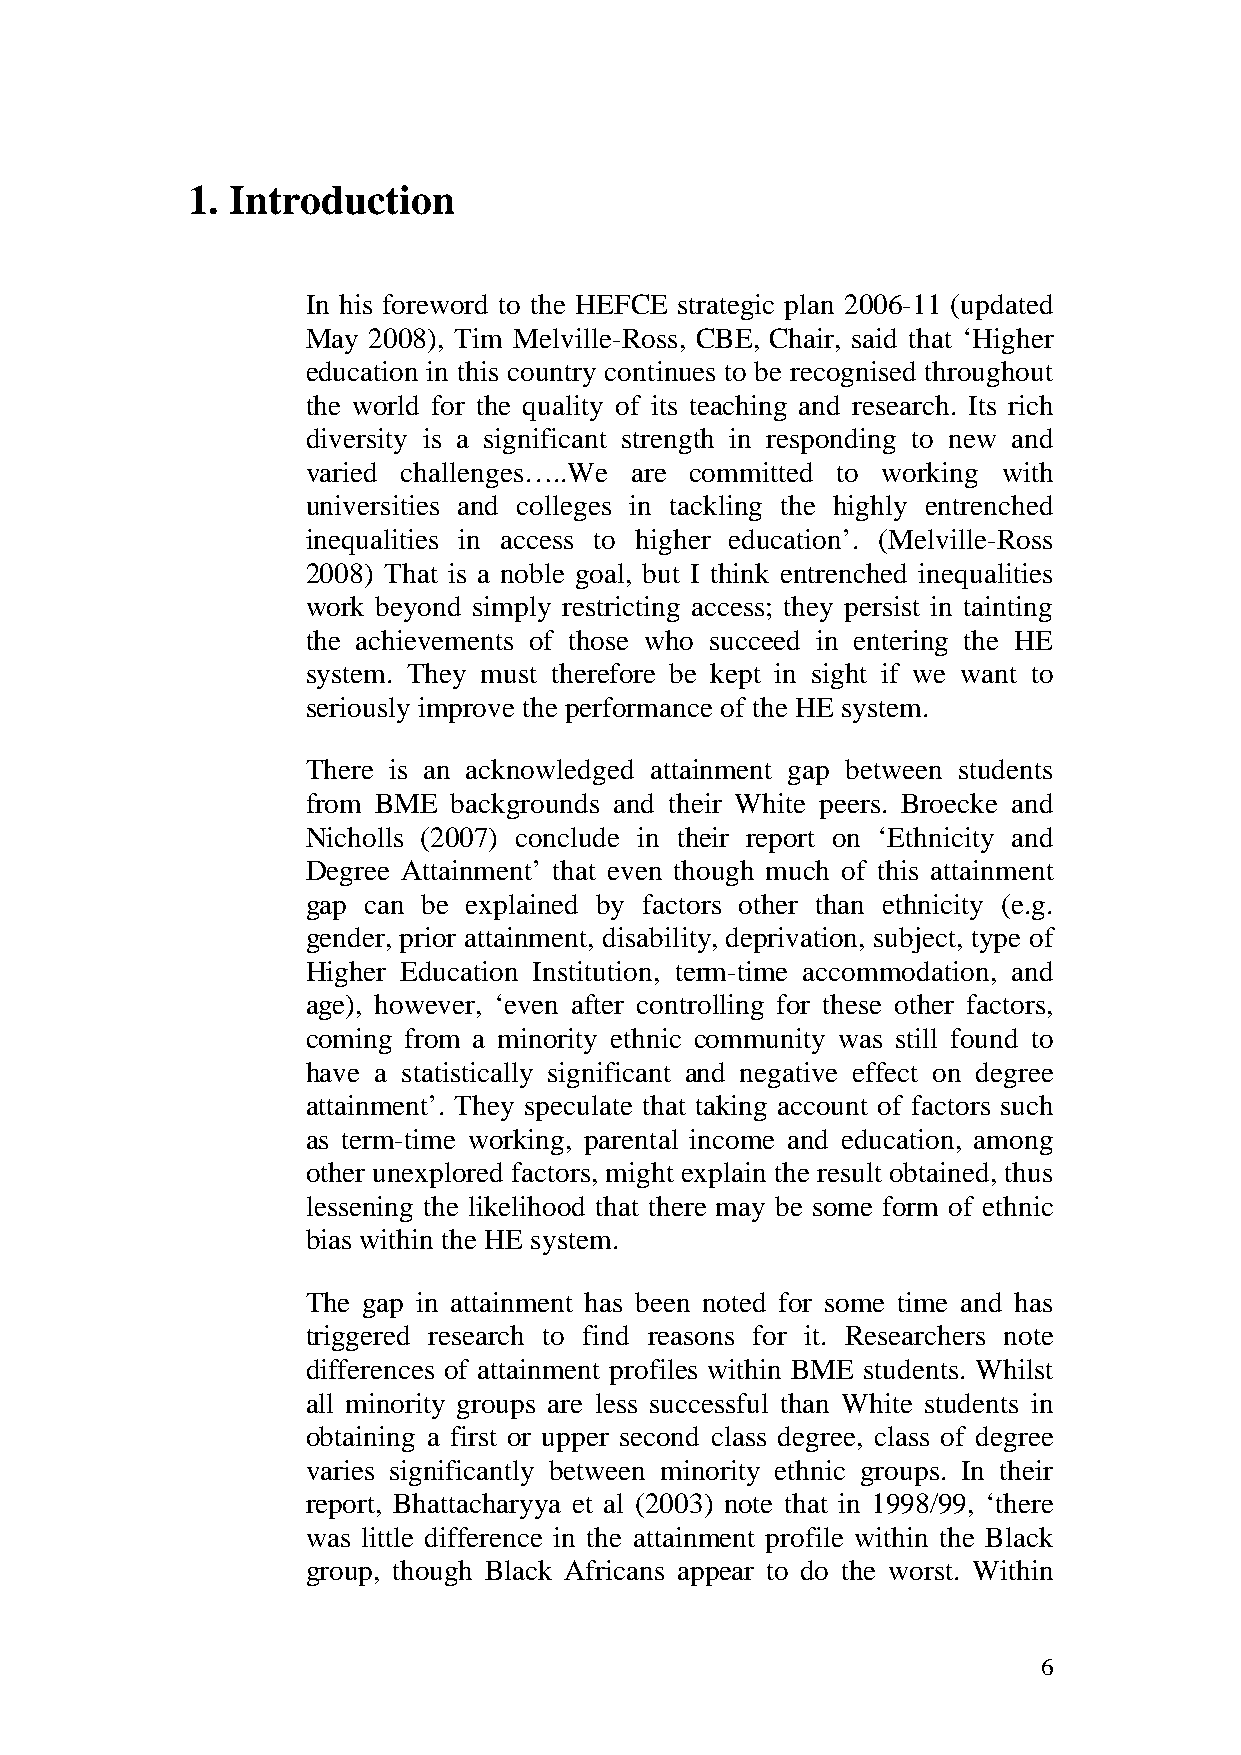
1. Introduction
 In his foreword to the HEFCE strategic plan 2006-11 (updated
 May 2008), Tim Melville-Ross, CBE, Chair, said that ‘Higher
 education in this country continues to be recognised throughout
 the world for the quality of its teaching and research. Its rich
 diversity is a significant strength in responding to new and
 varied challenges…..We are committed to working with
 universities and colleges in tackling the highly entrenched
 inequalities in access to higher education’. (Melville-Ross
 2008) That is a noble goal, but I think entrenched inequalities
 work beyond simply restricting access; they persist in tainting
 the achievements of those who succeed in entering the HE
 system. They must therefore be kept in sight if we want to
 seriously improve the performance of the HE system.
 There is an acknowledged attainment gap between students
 from BME  backgrounds and their White peers. Broecke and
 Nicholls (2007) conclude in their report on ‘Ethnicity and
 Degree Attainment’ that even though much of this attainment
 gap can be explained by factors other than ethnicity (e.g.
 gender, prior attainment, disability, deprivation, subject, type of
 Higher Education Institution, term-time accommodation, and
 age), however, ‘even after controlling for these other factors,
 coming from a minority ethnic community was still found to
 have a statistically significant and negative effect on degree
 attainment’. They speculate that taking account of factors such
 as term-time working, parental income and education, among
 other unexplored factors, might explain the result obtained, thus
 lessening the likelihood that there may be some form of ethnic
 bias within the HE system.
 The gap in attainment has been noted for some time and has
 triggered research to find reasons for it. Researchers note
 differences of attainment profiles within BME students. Whilst
 all minority groups are less successful than White students in
 obtaining a first or upper second class degree, class of degree
 varies significantly between minority ethnic groups. In their
 report, Bhattacharyya et al (2003) note that in 1998/99, ‘there
 was little difference in the attainment profile within the Black
 group, though Black Africans appear to do the worst. Within
 6